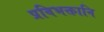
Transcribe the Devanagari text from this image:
प्रविभक्तानि